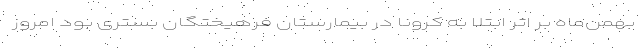
بهمن‌ماه بر اثر ابتلا به کرونا در بیمارستان فرهیختگان بستری بود امروز